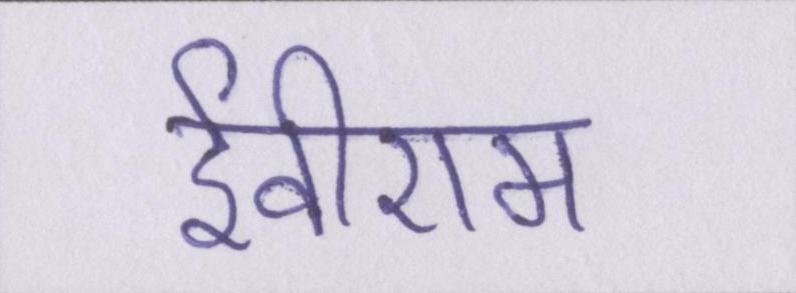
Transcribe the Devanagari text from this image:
ईवीएम